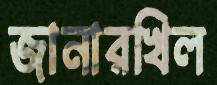
জানারখিল